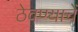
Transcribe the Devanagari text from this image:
ठेवण्याचें